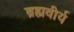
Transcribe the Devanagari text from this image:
ब्रह्मवीर्य